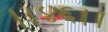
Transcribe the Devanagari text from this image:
।।४६।।